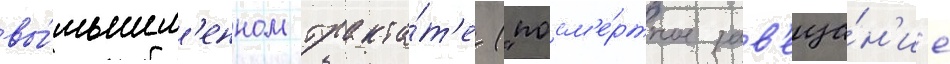
вы́мышл'енном тракта́т'е ("посм'е́ртное зав'еща́н'ие